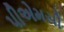
પીએમસી